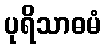
ပုရိသာဓမံ